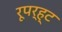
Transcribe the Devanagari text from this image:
रूपर्ह्ट